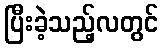
ပြီးခဲ့သည့်လတွင်